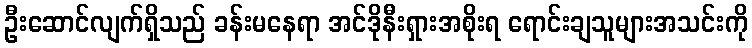
ဦးဆောင်လျက်ရှိသည် ခန်းမနေရာ အင်ဒိုနီးရှားအစိုးရ ရောင်းချသူများအသင်းကို